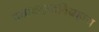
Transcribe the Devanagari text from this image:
दयाक्लृप्तविग्रहाय